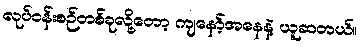
လုပ်ငန်းစဉ်တစ်ခုလို့တော့ ကျနော့်အနေနဲ့ ယူဆတယ်။